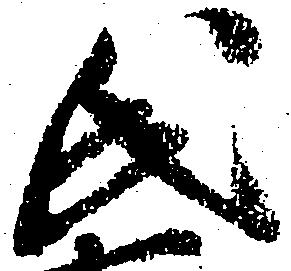
氏